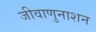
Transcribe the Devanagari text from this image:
जीवाणुनाशन